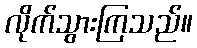
လိုက်သွားကြသည်။